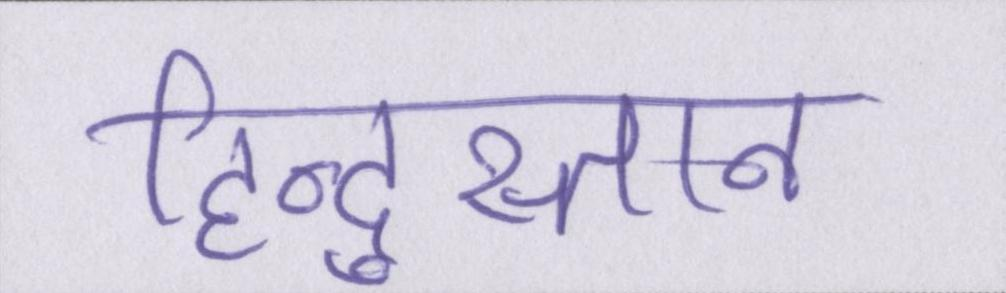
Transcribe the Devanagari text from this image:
हिन्दुस्तान